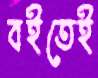
বইতেই